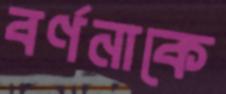
বর্ণনাকে